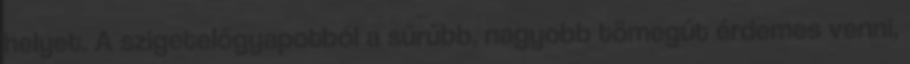
helyet. A szigetelőgyapotból a sűrűbb, nagyobb tömegűt érdemes venni,